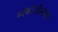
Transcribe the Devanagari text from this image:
व्यंकोजीनंतर